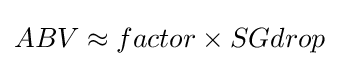
ABV\approx factor\times SGdrop